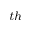
^ { t h }